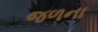
જળના